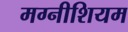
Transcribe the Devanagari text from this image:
मग्नीशियम